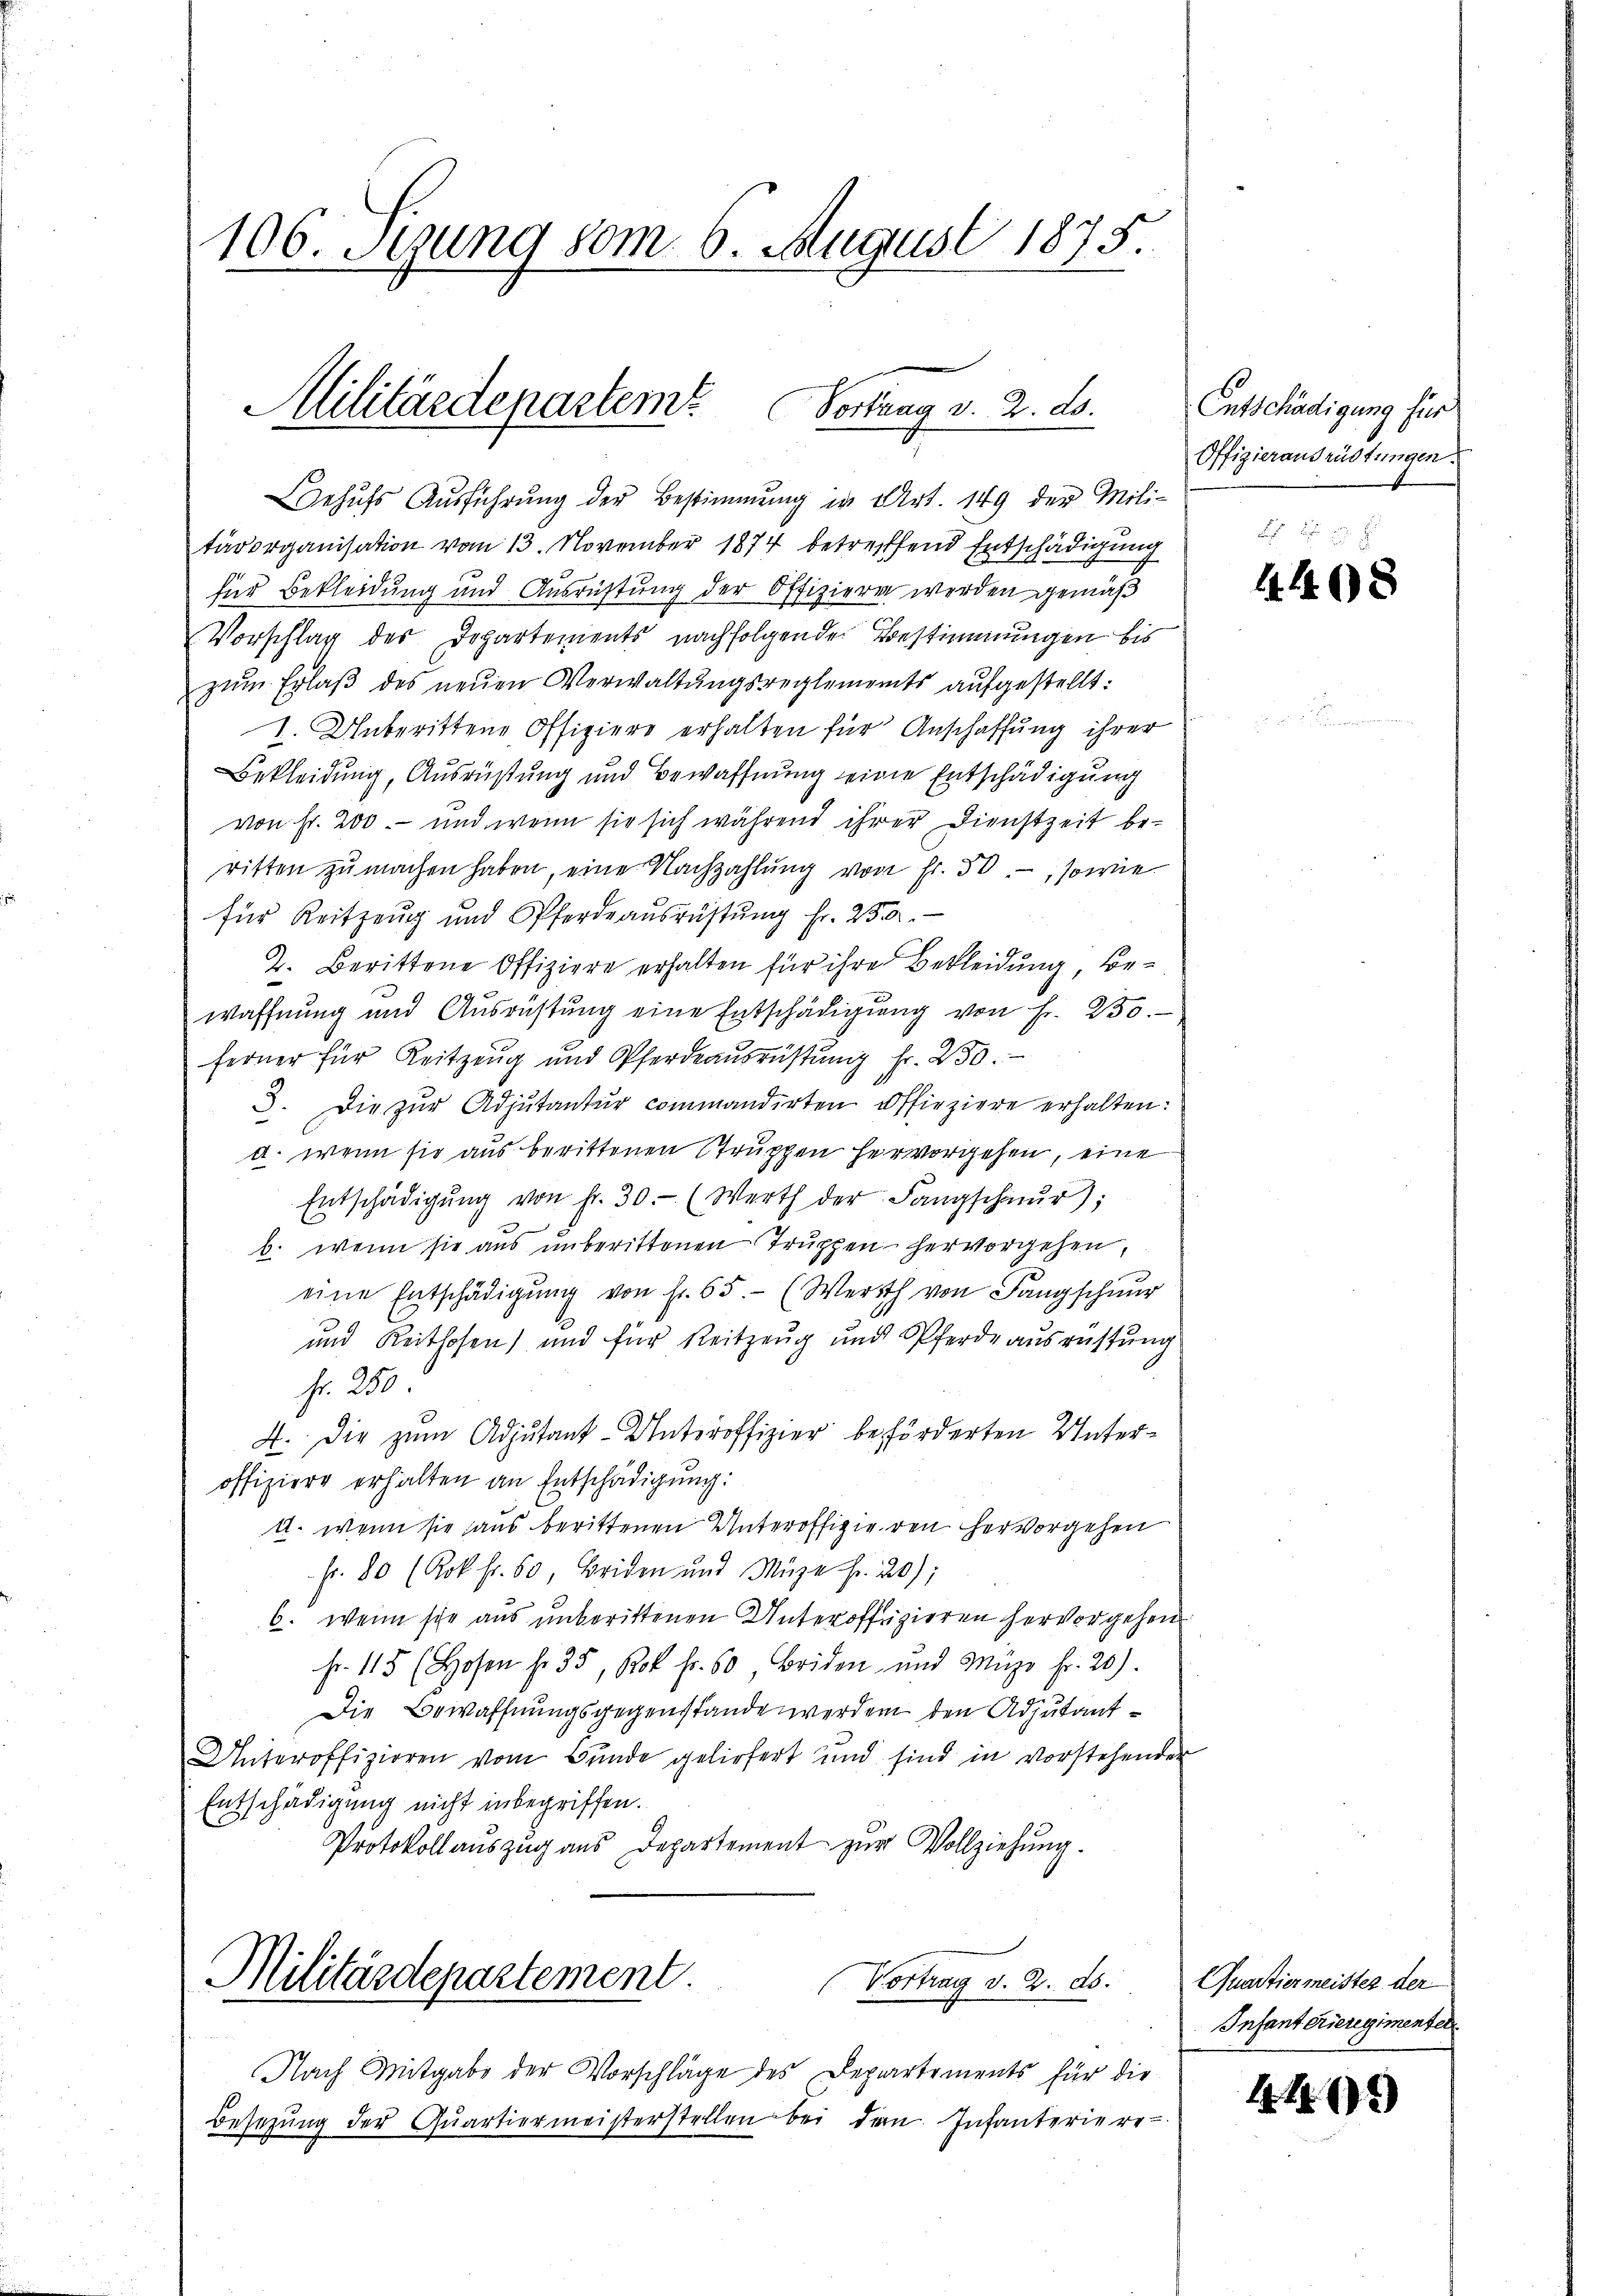
106. Stung vom 6. August 1875.

Militärdepartem Portung v. 2. ds.

Behufs Ausführung der Bestimmung in Art. 149 der Mili-
tärorganisation vom 13. November 1874 betreffend Entschädigung
für Bekleidung und Ausrichtung der Offizieren werden gemäß
Vorschlag des Departements nachfolgende Bestimmungen bis
zŭm Erlaβ des neŭen Verwaltungsreglements aufgestellt:
1. Unberittene Offiziere erhalten für Anschaffung ihrer
Bekleidung, Ausrüstung und Bewaffnung seine Entschädigung
von Fr. 200.- und wenn sie sich während ihrer Dienstzeit beritten zŭ machen haben, eine Nachzahlŭng von Fr. 50.-, sowie
für Reitzeug und Pferdeausrüstŭng fr. 250.
2. Berittene Offiziere erhalten für ihre Bekleidung, bewaffnung und Ausrüstung eine Entschädigung von Fr. 250.
ferner für Reitzeŭg und Pferdeausrüstŭng fr. 250.
3. Die zŭr Adjutantur commandirten offiziere erhalten:
d. wenn sie aus berittenen Truppen hervorgehen, eine
Entschädigŭng von fr. 30. (Werth der Langschaŭr);
b. wenn sie aus unberittenen Truppen hervorgehen,
eine Entschädigŭng von Fr. 65. (Werth von Langschnur
und Reithofen) und für Reitzeug und Pferde ausreistung
fr. 250.
4. Die zum Adjutant Unteroffizier beförderten Unteroffiziere erhalten an Entschädigung:
U. wenn sie aus berittenen Unteroffizieren hervorgehen
Fr. 80 (Rok. fr. 60, Beiden und Muze Fr. 20);
b. wenn sche aus unberittenen Unteroffizieren hervorgehen.
Fr. 115 (Hosen f. 35, Rok fr. 60, Briden und Muze fr. 20).
Die Bewaffnungsgegenstande werden den Adjutant¬
Unteroffizieren vom Bunde geliefert und sind in vorstehender
Entschädigung nicht inbegriffen.
Protokollauszug aus Departement zur Vollziehung.
Militärdepartement
Vortrag v. 2. ds.
Nach Mitgabe der Vorschläge des Departements für die
Besetzŭng der Qŭartiermeisterstellen bei dem Infanteriere-

Entschädigung für
Offizierausrüstungen.

4 40 x

Quartiermeister der
Infanterieregimentel

443)